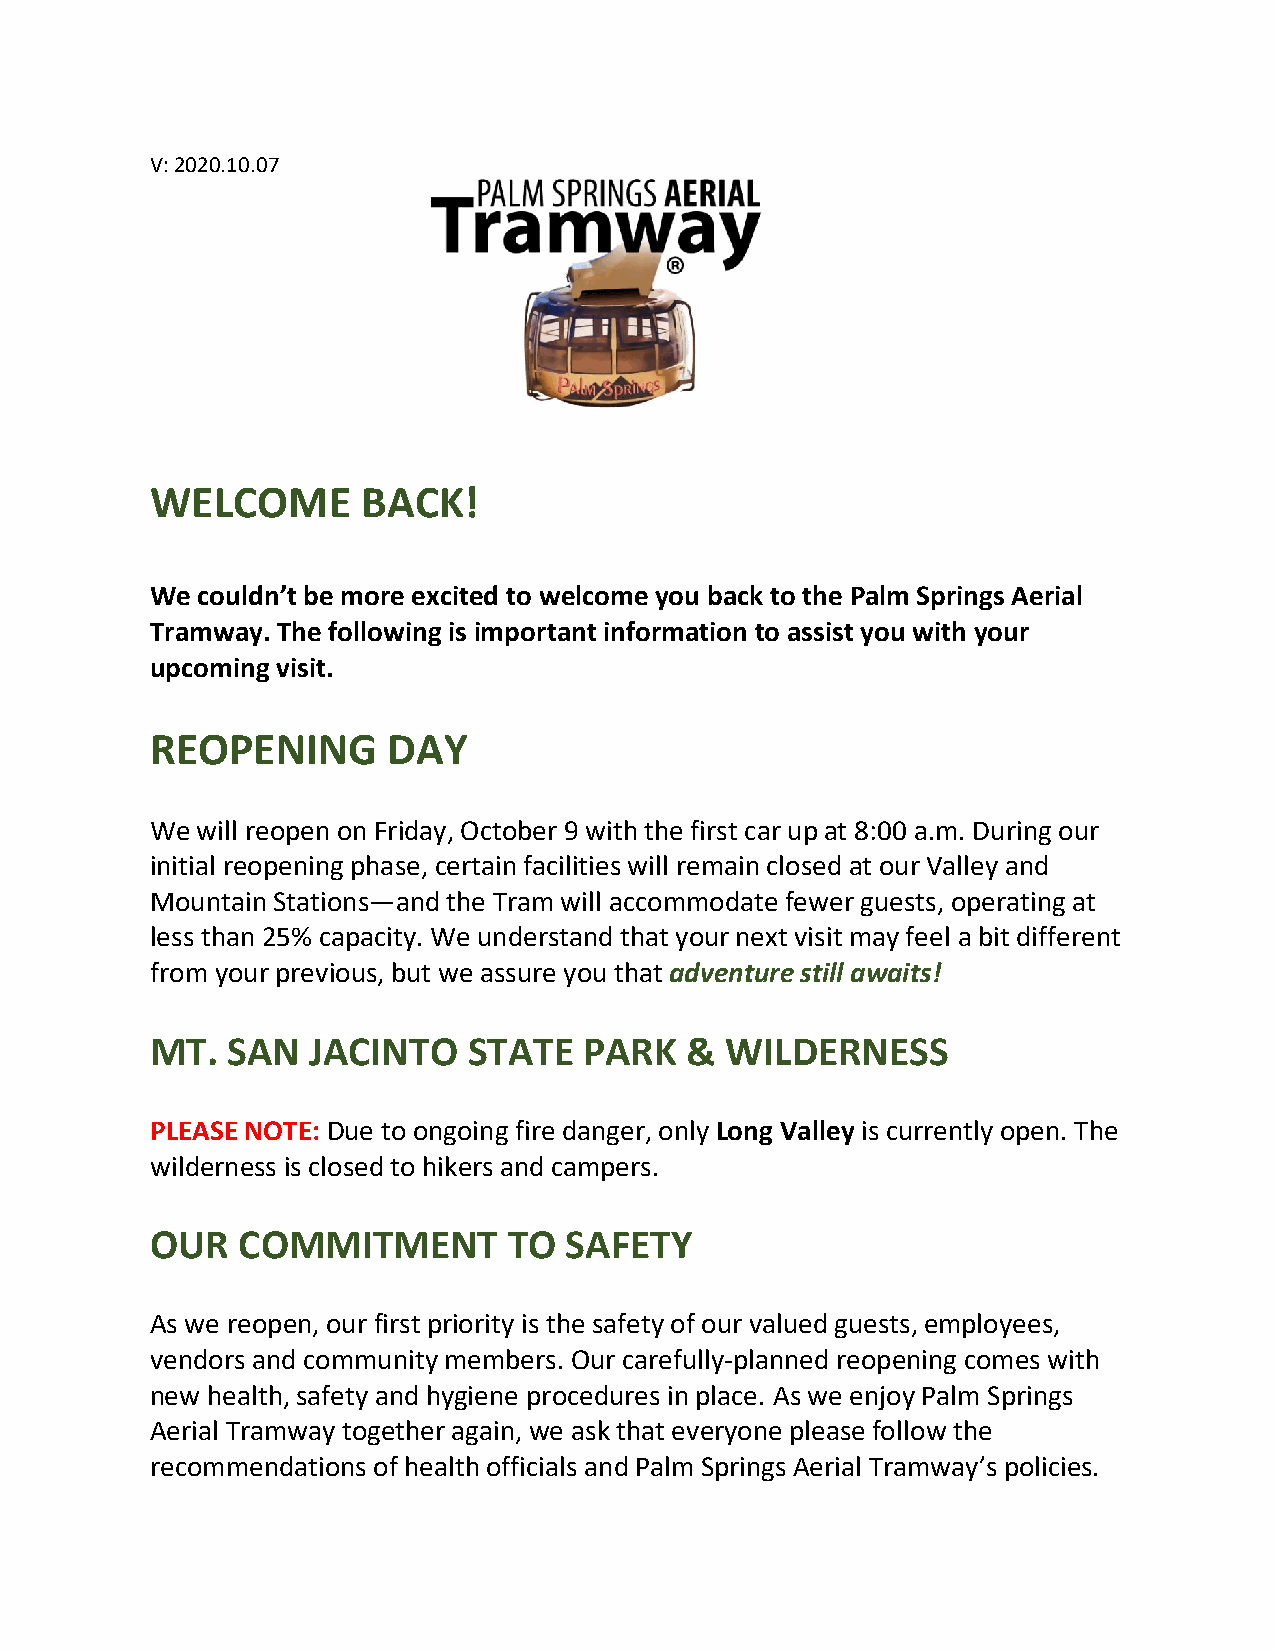
V: 2020.10.07
 WELCOME       BACK!
 We couldn’t be more excited to welcome you back to the Palm Springs Aerial
 Tramway. The following is important information to assist you with your
 upcoming visit.
 REOPENING       DAY
 We will reopen on Friday, October 9 with the first car up at 8:00 a.m. During our
 initial reopening phase, certain facilities will remain closed at our Valley and
 Mountain Stations—and the Tram will accommodate fewer guests, operating at
 less than 25% capacity. We understand that your next visit may feel a bit different
 from your previous, but we assure you that adventure still awaits!
 MT.  SAN   JACINTO   STATE   PARK  &  WILDERNESS
 PLEASE NOTE: Due to ongoing fire danger, only Long Valley is currently open. The
 wilderness is closed to hikers and campers.
 OUR   COMMITMENT        TO SAFETY
 As we reopen, our first priority is the safety of our valued guests, employees,
 vendors and community members. Our carefully-planned reopening comes with
 new health, safety and hygiene procedures in place. As we enjoy Palm Springs
 Aerial Tramway together again, we ask that everyone please follow the
 recommendations of health officials and Palm Springs Aerial Tramway’s policies.